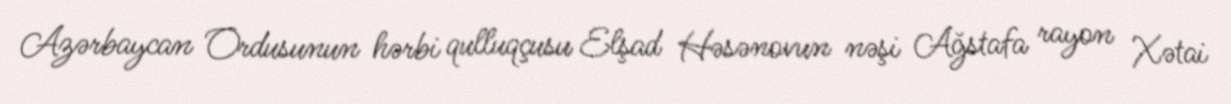
Azərbaycan Ordusunun hərbi qulluqçusu Elşad Həsənovun nəşi Ağstafa rayon Xətai